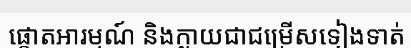
ផ្តោតអារម្មណ៍ និងក្លាយជាជម្រើសទៀងទាត់